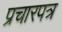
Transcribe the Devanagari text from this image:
प्रचारपत्र